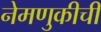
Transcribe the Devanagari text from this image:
नेमणुकीची